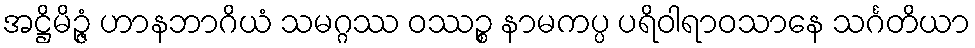
အဋ္ဌိမိဉ္ဇံ ဟာနဘာဂိယံ သမဂ္ဂဿ ဝဿဉ္စ နာမကပ္ပ ပရိဝါရာဝသာနေ သင်္ဂတိယာ